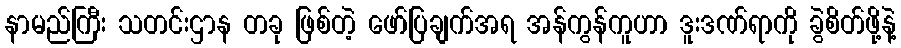
နာမည်ကြီး သတင်းဌာန တခု ဖြစ်တဲ့ ဖော်ပြချက်အရ အန်ကွန်ကူဟာ ဒူးဒဏ်ရာကို ခွဲစိတ်ဖို့နဲ့